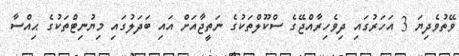
ވޭތުވެދިޔަ 3 އަހަރުގައި ދިވެހިރާއްޖޭގެ ސްކޫލްތަކުގެ ނަތީޖާއަށް އައި ބަދަލުގައި މިޔުނިޓްތަކުގެ ޙިއްސާ